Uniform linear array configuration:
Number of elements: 24
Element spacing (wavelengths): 0.25
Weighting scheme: uniform
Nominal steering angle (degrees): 15
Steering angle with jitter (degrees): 13.689
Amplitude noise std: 0.05
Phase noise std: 0.05

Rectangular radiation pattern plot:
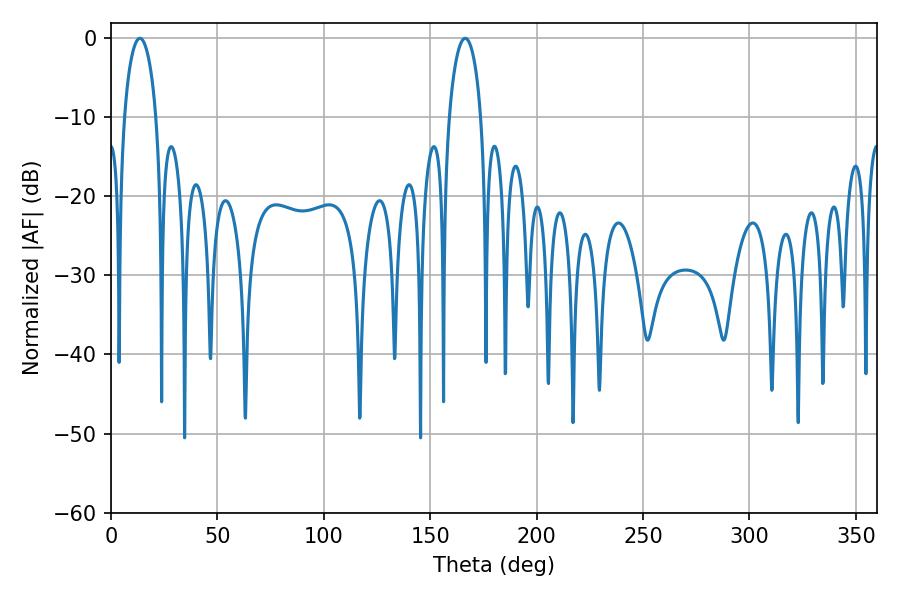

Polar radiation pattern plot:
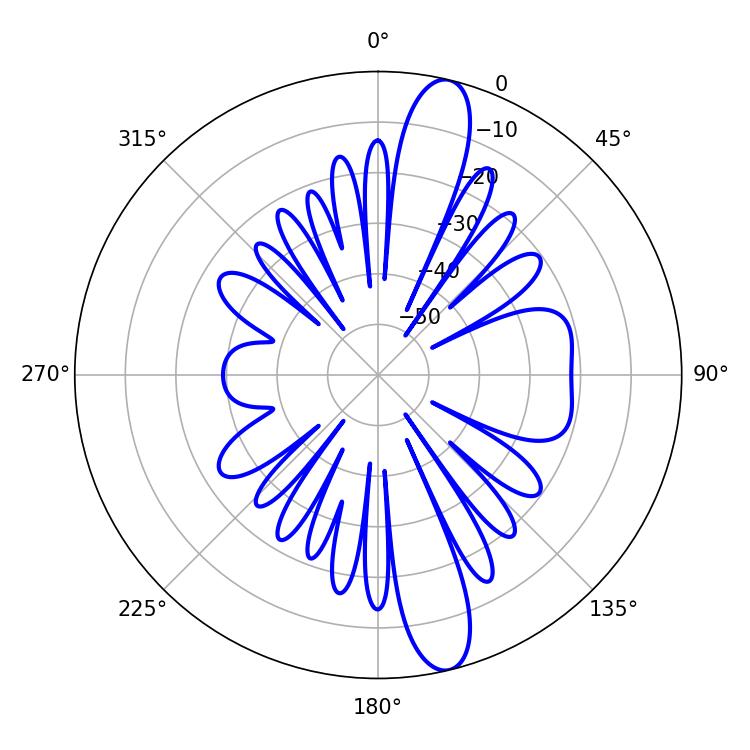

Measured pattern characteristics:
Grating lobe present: FALSE
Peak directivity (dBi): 13.868
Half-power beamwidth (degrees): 8.46
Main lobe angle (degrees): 166.5